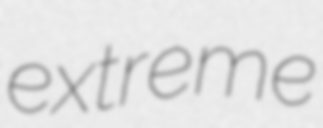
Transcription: extreme